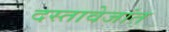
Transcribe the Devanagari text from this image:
दस्तावेजांत